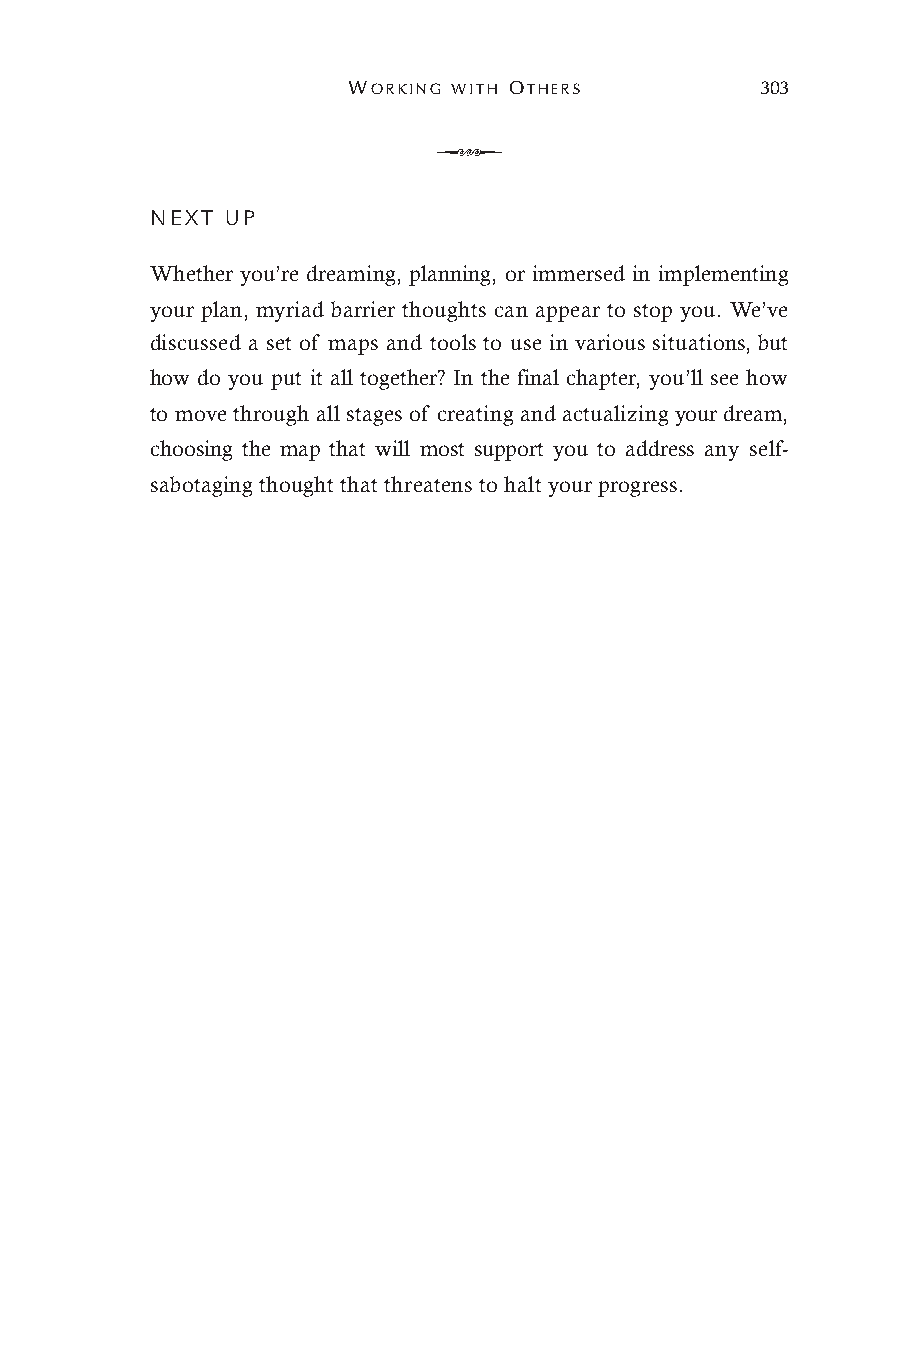
WORKING WITH OTHERS        303
 Q
 NEXT UP
 Whether you’re dreaming, planning, or immersed in implementing
 your plan, myriad barrier thoughts can appear to stop you. We’ve
 discussed a set of maps and tools to use in various situations, but
 how do you put it all together? In the final chapter, you’ll see how
 to move through all stages of creating and actualizing your dream,
 choosing the map that will most support you to address any self-
 sabotaging thought that threatens to halt your progress.